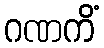
ဂဏကိံ